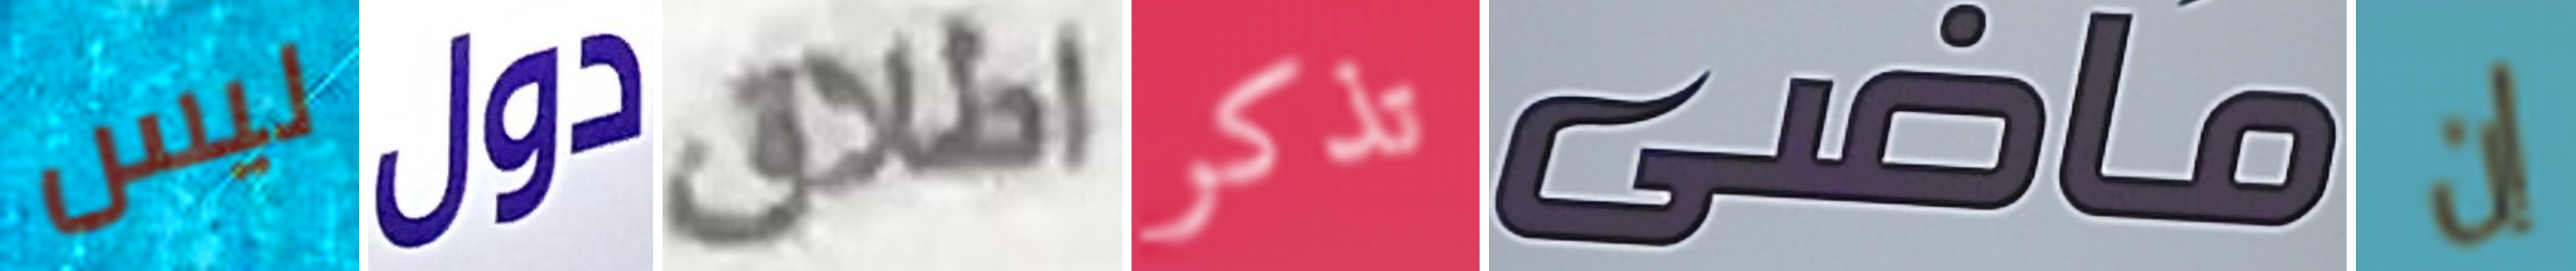
ليس دول اطلاق تذكر ماضي إن